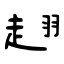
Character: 趐